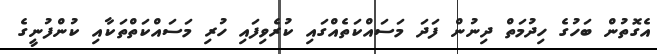
އެގޮތުން ބަހުގެ ހިދުމަތް ދިނުން ފަދަ މަސަައްކަތެއްގައި ކުރެވިފައި ހުރި މަސައްކަތްތަކާއި ކުންފުނީގެ